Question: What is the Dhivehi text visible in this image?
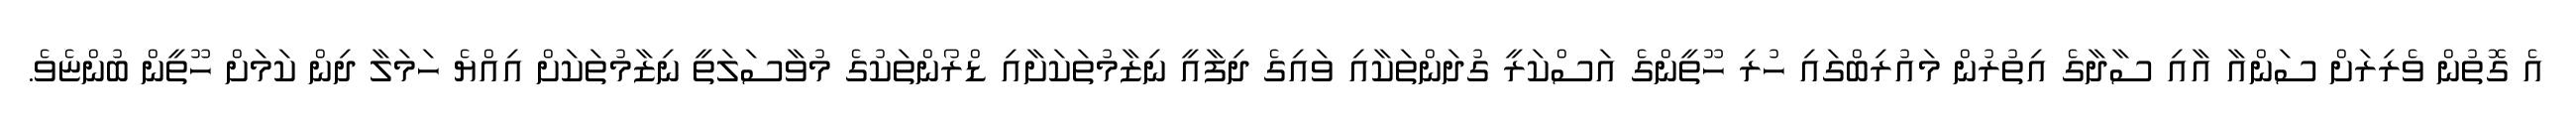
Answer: އެ ގޮތުން ވެރިރަށް ސަންއާ އާއި ސާދާގެ އިތުރުން މައުރިބްގައި ހުރި ހޫތީންގެ އަސްކަރީ ގުދަންތަކާއި ވައިގެ ދިފާއީ ނިޒާމުތަކަށާއި ޑްރޯންތަކުގެ މުވާސަލަތީ ނިޒާމުތަކަށް އިއްޔެ ހަމަލާ ދިން ކަމަށް ހޫތީން ބުންޏެވެ.